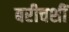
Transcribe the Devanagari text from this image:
बरीचशीं